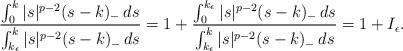
LaTeX: \begin{align*}\frac{\int_{0}^k |s|^{p-2}(s-k)_{-} \,ds }{\int_{k_\epsilon}^k |s|^{p-2}(s-k)_{-} \,ds } = 1 + \frac{\int_{0}^{k_\epsilon} |s|^{p-2}(s-k)_{-} \,ds}{\int_{k_\epsilon}^k |s|^{p-2}(s-k)_{-} \,ds} = 1 + I_{\epsilon}.\end{align*}